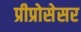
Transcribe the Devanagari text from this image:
प्रीप्रोसेसर